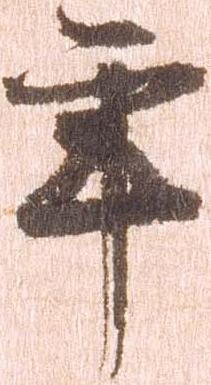
年